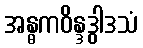
အန္ဓကဝိန္ဒဒွါဒသံ